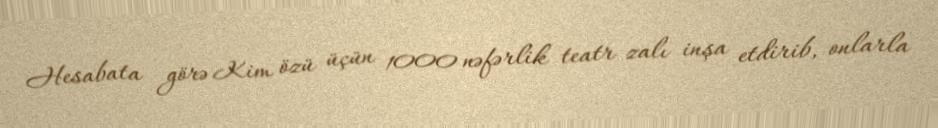
Hesabata görə Kim özü üçün 1000 nəfərlik teatr zalı inşa etdirib, onlarla